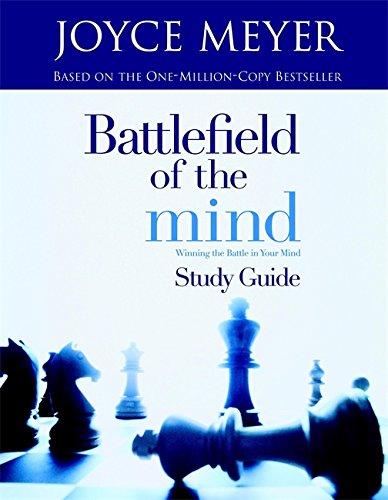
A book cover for Battlefield of the Mind: Winning The Battle in Your Mind - Study Guide; Joyce Meyer; Self-Help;